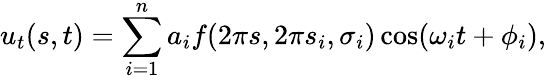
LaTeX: u_{t}(s,t)=\sum_{i=1}^{n}a_{i}f(2\pi s,2\pi s_{i},\sigma_{i})\cos(\omega_{i}t+\phi_{i}),